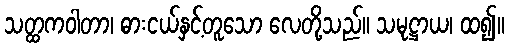
သတ္ထကဝါတာ၊ ဓားငယ်နှင့်တူသော လေတို့သည်။ သမုဋ္ဌာယ၊ ထ၍။